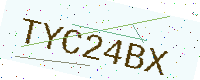
Text: TYC24BX